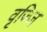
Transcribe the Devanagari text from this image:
वृज्जि